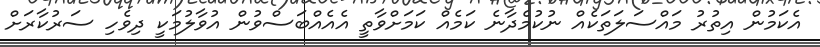
އެކަމުން އިތުރު މައްސަލަތަކެއް ނުކުމެދާނެ ކަމެއް ކަމަށްވާތީ އެއެއްބަސްވުން އުވާލުމަކީ ދިވެހި ސަރުކާރަށް